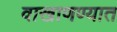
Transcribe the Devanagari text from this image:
वाखाणण्यात